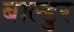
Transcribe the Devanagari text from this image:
बाल्डुर